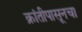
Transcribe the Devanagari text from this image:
क्रांतीपासूनचा